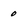
Character: 0